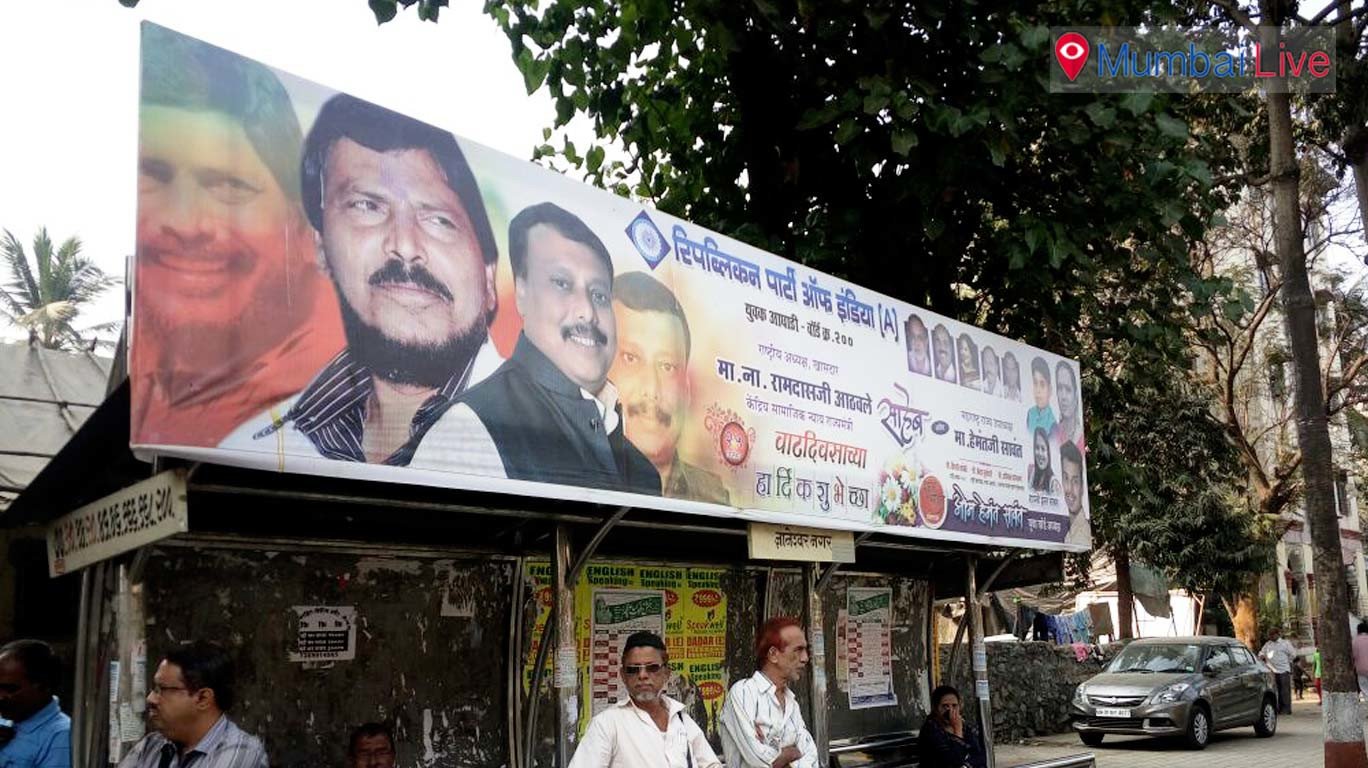
Language: marathi
Transcription: रिपब्लिकन इंडिया रामदासजी आठवले मा. वाढदिवसाच्या हार्दिक शुभेच्छा नगर हेमंतजी सावंत मा. साहेब युवक आघाडी पार्टी ज्ञानेशवर ना.